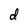
Character: d